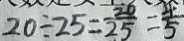
2 0 \div 2 5 = \frac { 2 0 } { 2 5 } = \frac { 4 } { 5 }